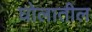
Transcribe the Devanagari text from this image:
घोलातील